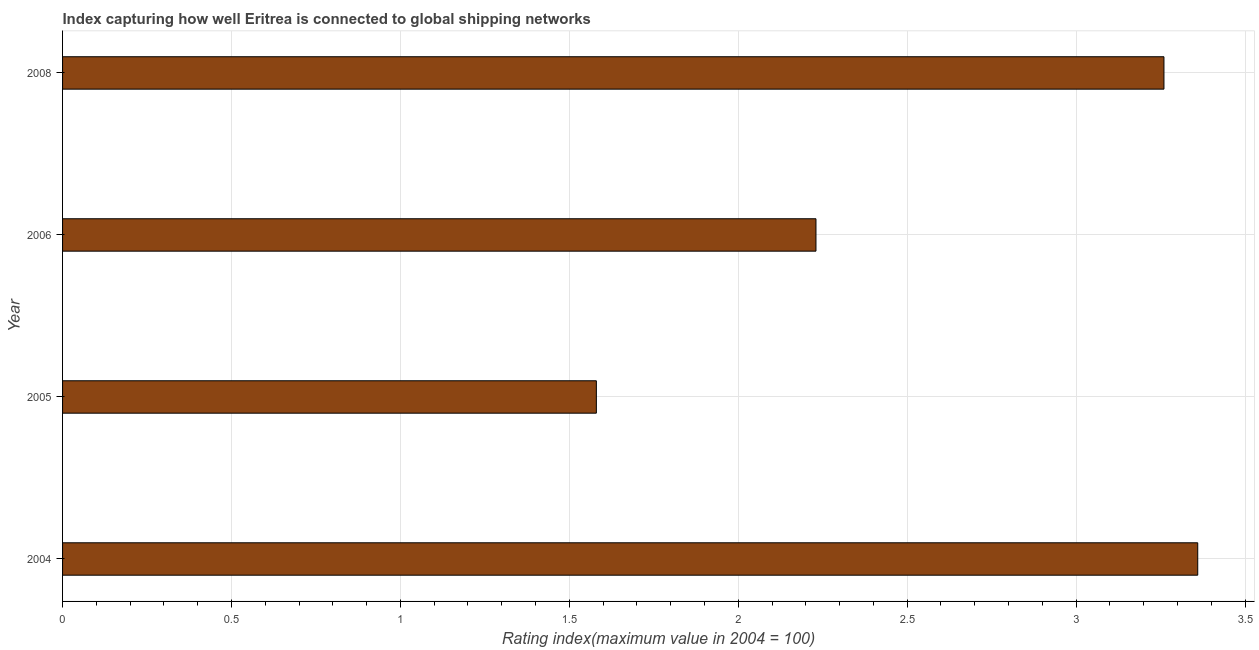
| Year | Liner shipping connectivity index  |
 | --- | --- |
 | 2004 | 3.36 |
 | 2005 | 1.58 |
 | 2006 | 2.23 |
 | 2008 | 3.26 |